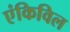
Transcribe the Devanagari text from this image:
एंकिविल